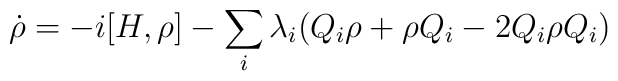
\dot{\rho} = -i[H,\rho] - \sum_i \lambda_i (Q_i \rho +\rho Q_i - 2Q_i \rho Q_i)